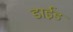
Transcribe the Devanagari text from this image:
डाईड